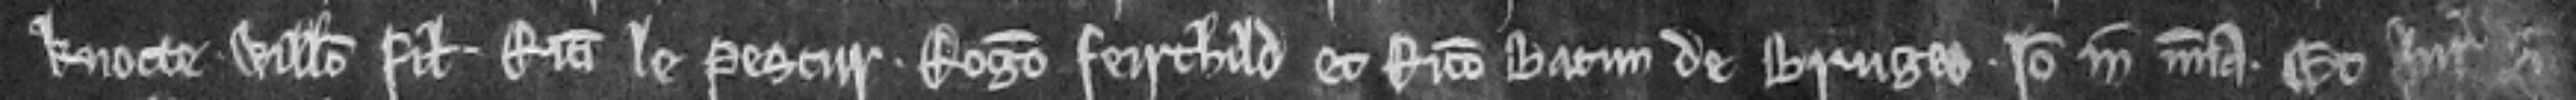
Knotte. Willelmo filio Ricardi le Pestur. Rogero feirchild et Ricardo Bacun de Bruges. Ideo in misericordia. Et juratores dicunt